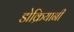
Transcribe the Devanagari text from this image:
डोक्रियानी